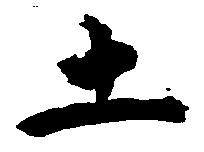
土